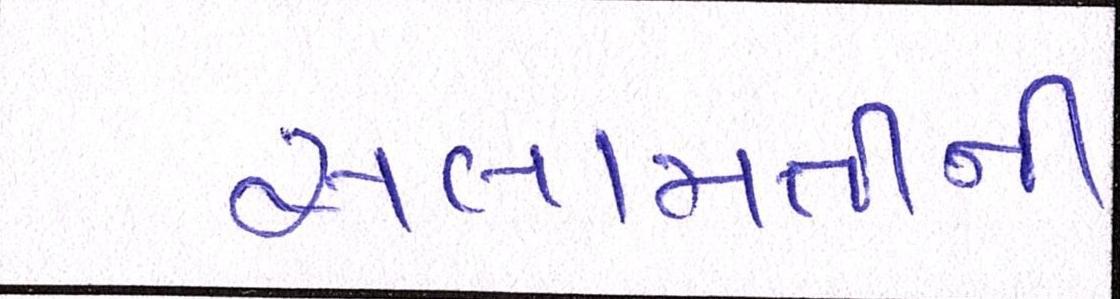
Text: સલામતીની